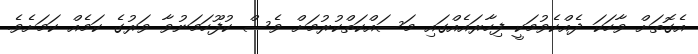
އެގޮތަށް ވާހަކަ ދެއްކެވުމަކީ ފިހާރައެއްގައި މަސައްކަތްކުރުމަށް ވެސް ކުފޫހަމަނުވާ ވަރުގެ ކަމެއް ކަމަށެވެ.